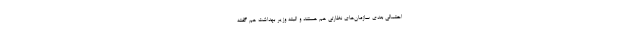
احتمالی بعدی سازمان‌های نظارتی هم هستند و البته وزیر بهداشت هم گفته